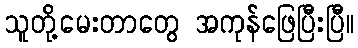
သူတို့မေးတာတွေ အကုန်ဖြေပြီးပြီ။